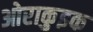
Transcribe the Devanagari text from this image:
ओराकुइक